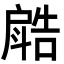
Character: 𣂋